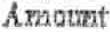
AMOUNT